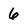
Character: 6